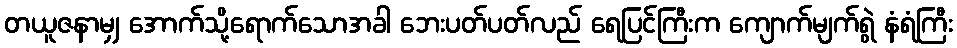
တယူဇနာမျှ အောက်သို့ရောက်သောအခါ ဘေးပတ်ပတ်လည် ရေပြင်ကြီးက ကျောက်မျက်ရွဲ နံရံကြီး